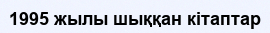
1995 жылы шыққан кітаптар